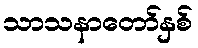
သာသနာတော်နှစ်